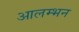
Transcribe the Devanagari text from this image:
आलम्भन